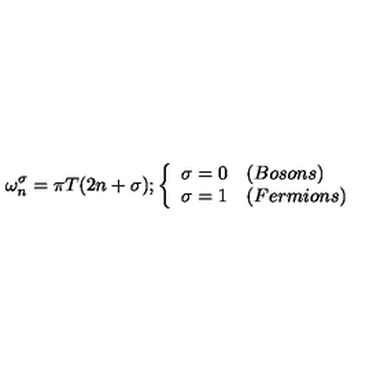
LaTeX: { \omega _ { n } ^ { \sigma } = \pi T ( 2 n + \sigma ) } ; \left\{ \begin{array} { l l } { { \sigma = 0 } } & { ( B o s o n s ) } \\ { { \sigma = 1 } } & { ( F e r m i o n s ) } \\ \end{array} \right.